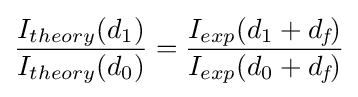
{\frac {I_{theory}(d_{1})}{I_{theory}(d_{0})}}={\frac {I_{exp}(d_{1}+d_{\textit {f}})}{I_{exp}(d_{0}+d_{\textit {f}})}}